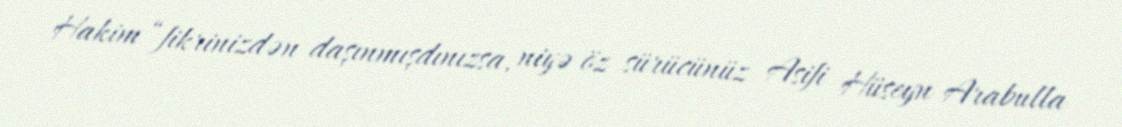
Hakim “fikrinizdən daşınmışdınızsa, niyə öz sürücünüz Asifi Hüseyn Arabulla